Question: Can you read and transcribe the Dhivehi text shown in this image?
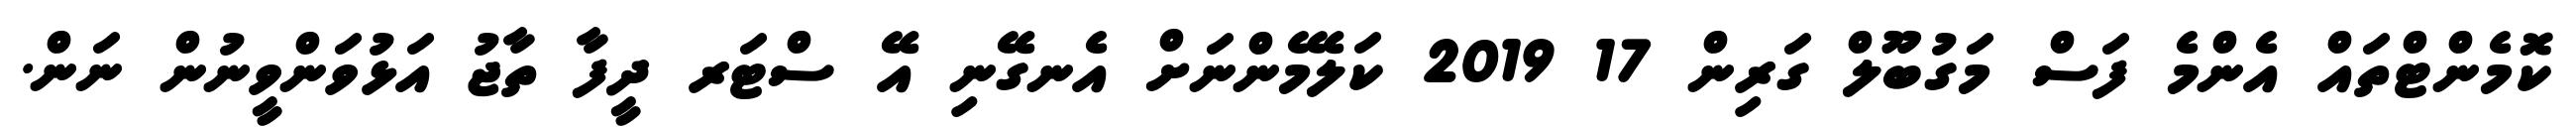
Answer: ކޮމެންޓްތައް އެންމެ ފަސް މަގުބޫލް ގަރިން 17 2019 ކަލޭމެންނަށް އެނގޭނި އޭ ސްޓަރ ދީފާ ތާޖު އަޅުވަންވީނުން ނަން.